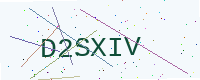
Text: D2SXIV